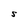
Character: S